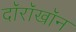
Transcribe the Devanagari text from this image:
दॉरॉखॉन